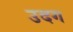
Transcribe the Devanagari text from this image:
उदग